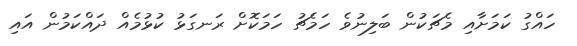
ހައްގު ކަމަށާއި މެޗަކުން ބަލިނުވެ ހަމެޗު ހަމަކޮށް ރަނގަޅު ކުޅުމެއް ދައްކަމުން އައި